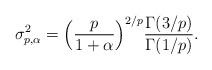
LaTeX: \begin{align*}\sigma_{p, \alpha}^2 = \Big(\frac{p}{1+\alpha}\Big)^{2/p} \frac{\Gamma(3/p)}{\Gamma(1/p)}.\end{align*}